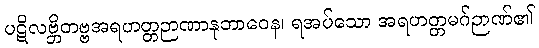
ပဋိလဗ္ဘိတဗ္ဗအရဟတ္တဉာဏာနုဘာဝေန၊ ရအပ်သော အရဟတ္တမဂ်ဉာဏ်၏